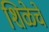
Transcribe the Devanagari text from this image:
शिळेचे